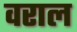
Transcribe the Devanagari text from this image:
वराल